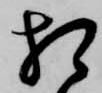
相